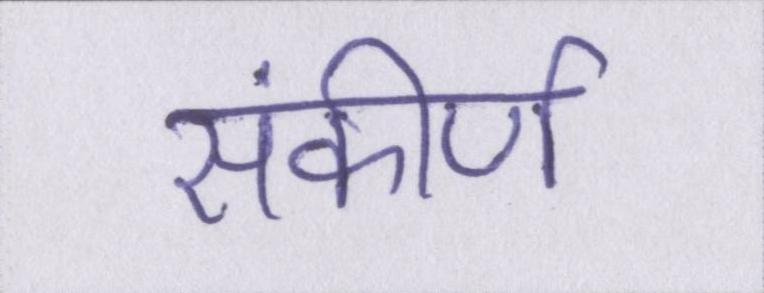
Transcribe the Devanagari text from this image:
संकीर्ण